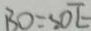
B O = O E